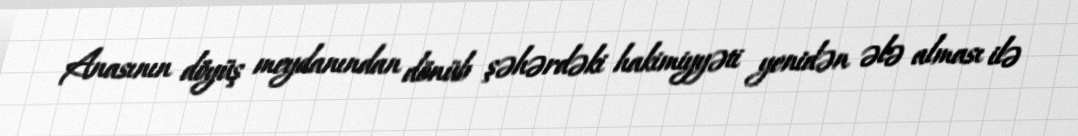
Anasının döyüş meydanından dönüb şəhərdəki hakimiyyəti yenidən ələ alması ilə